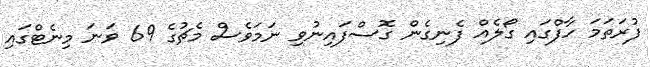
ފުރަތަމަ ހާފްގައި ގޯލެއް ފެނިގެން ގޮސްފައިނުވި ނަމަވެސް މެޗުގެ 69 ވަނަ މިނެޓްގައި